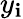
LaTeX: y_{\mathbf{i}}